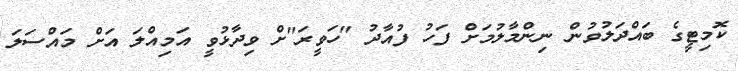
ކޮމިޓީގެ ބައްދަލުވުން ނިންމާލުމަށް ފަހު ފުއާދު "ހަވީރަ"ށް ވިދާޅުވީ އަމިއްލަ އަށް މައްސަލަ